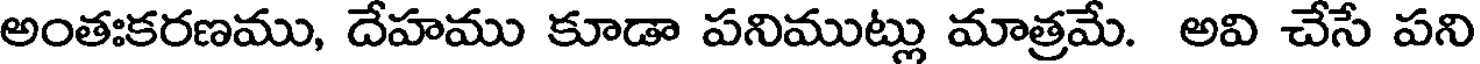
అంతఃకరణము, దేహము కూడా పనిముట్లు మాత్రమే. అవి చేసే పని